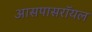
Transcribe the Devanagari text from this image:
आसपासरॉयल